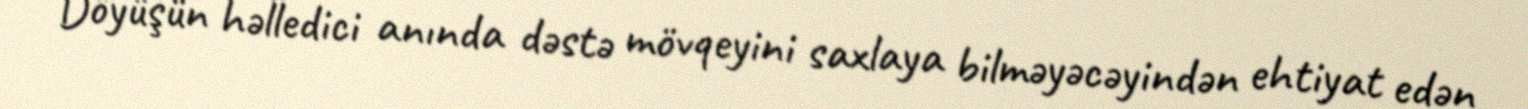
Döyüşün həlledici anında dəstə mövqeyini saxlaya bilməyəcəyindən ehtiyat edən